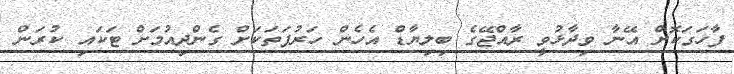
ފާހަގަކޮށް އޭނާ ވިދާޅުވީ ރާއްޖޭގެ ބިލިޔާޑް އެހެން ހަރުފަތަކަށް ގެންދިއުމަށް ޓަކައި ކުރަން